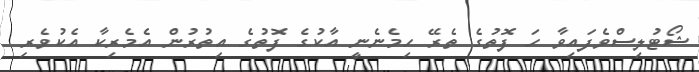
ޝޯޓުލިސްވެފައިވާ ހަ ފޮތުގެ ތެރޭ ހިމެނެނީ އާކުގެ ފޮތުގެ އިތުރުން އެމެރިކާ އެކުވެރި